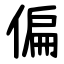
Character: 偏